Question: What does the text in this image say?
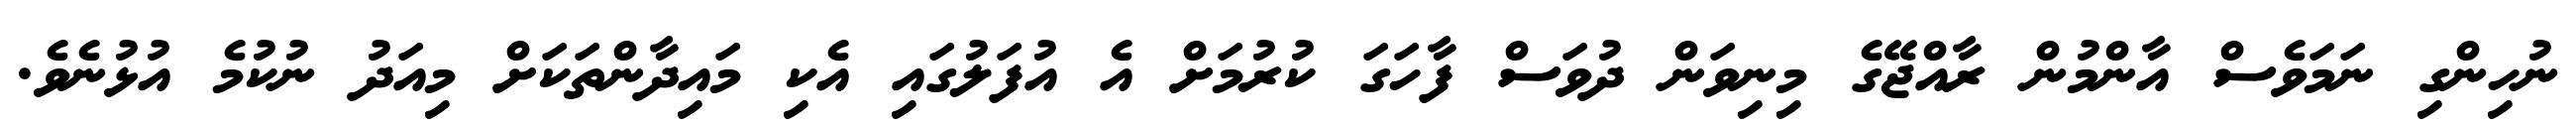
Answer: ނުހިންގި ނަމަވެސް އާންމުން ރާއްޖޭގެ މިނިވަން ދުވަސް ފާހަގަ ކުރުމަށް އެ އުފަލުގައި އެކި މައިދާންތަކަށް މިއަދު ނުކުމެ އުޅުނެވެ.